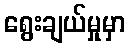
ရွေးချယ်မှုမှာ